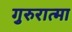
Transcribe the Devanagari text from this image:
गुरुरात्मा